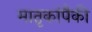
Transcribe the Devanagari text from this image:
मातृकांपैकी